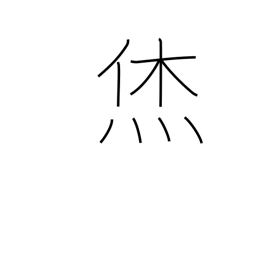
Meaning: fortunate